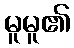
မူမူ၏